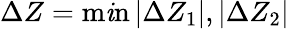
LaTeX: \Delta{Z}=\operatorname*{m\mathit{i}n}{|\Delta{Z}_{1}|,|\Delta{Z}_{2}|}